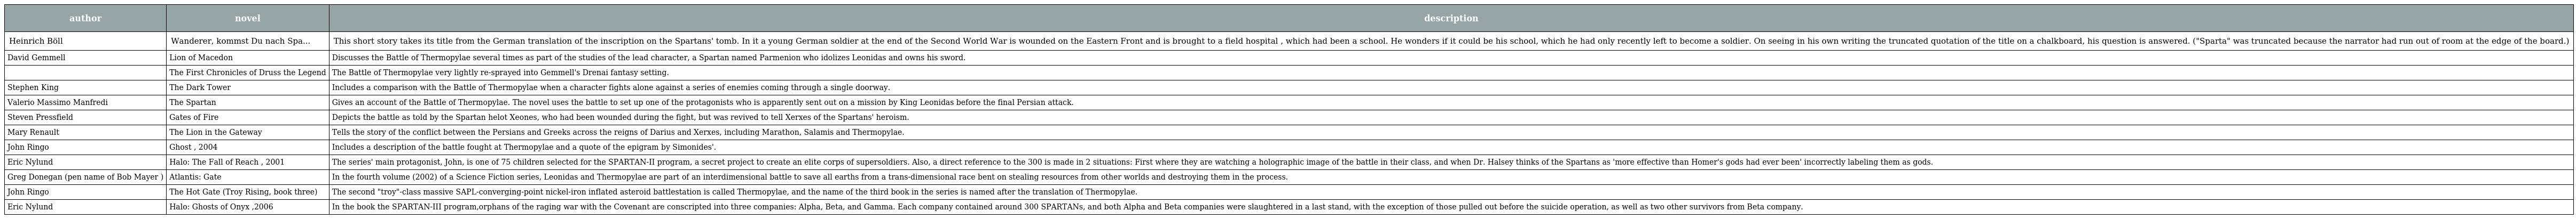
| author | novel | description |
 | --- | --- | --- |
 | Heinrich Böll | Wanderer, kommst Du nach Spa... | This short story takes its title from the German translation of the inscription on the Spartans' tomb. In it a young German soldier at the end of the Second World War is wounded on the Eastern Front and is brought to a field hospital , which had been a school. He wonders if it could be his school, which he had only recently left to become a soldier. On seeing in his own writing the truncated quotation of the title on a chalkboard, his question is answered. ("Sparta" was truncated because the narrator had run out of room at the edge of the board.) |
 | David Gemmell | Lion of Macedon | Discusses the Battle of Thermopylae several times as part of the studies of the lead character, a Spartan named Parmenion who idolizes Leonidas and owns his sword. |
 |  | The First Chronicles of Druss the Legend | The Battle of Thermopylae very lightly re-sprayed into Gemmell's Drenai fantasy setting. |
 | Stephen King | The Dark Tower | Includes a comparison with the Battle of Thermopylae when a character fights alone against a series of enemies coming through a single doorway. |
 | Valerio Massimo Manfredi | The Spartan | Gives an account of the Battle of Thermopylae. The novel uses the battle to set up one of the protagonists who is apparently sent out on a mission by King Leonidas before the final Persian attack. |
 | Steven Pressfield | Gates of Fire | Depicts the battle as told by the Spartan helot Xeones, who had been wounded during the fight, but was revived to tell Xerxes of the Spartans' heroism. |
 | Mary Renault | The Lion in the Gateway | Tells the story of the conflict between the Persians and Greeks across the reigns of Darius and Xerxes, including Marathon, Salamis and Thermopylae. |
 | John Ringo | Ghost , 2004 | Includes a description of the battle fought at Thermopylae and a quote of the epigram by Simonides'. |
 | Eric Nylund | Halo: The Fall of Reach , 2001 | The series' main protagonist, John, is one of 75 children selected for the SPARTAN-II program, a secret project to create an elite corps of supersoldiers. Also, a direct reference to the 300 is made in 2 situations: First where they are watching a holographic image of the battle in their class, and when Dr. Halsey thinks of the Spartans as 'more effective than Homer's gods had ever been' incorrectly labeling them as gods. |
 | Greg Donegan (pen name of Bob Mayer ) | Atlantis: Gate | In the fourth volume (2002) of a Science Fiction series, Leonidas and Thermopylae are part of an interdimensional battle to save all earths from a trans-dimensional race bent on stealing resources from other worlds and destroying them in the process. |
 | John Ringo | The Hot Gate (Troy Rising, book three) | The second "troy"-class massive SAPL-converging-point nickel-iron inflated asteroid battlestation is called Thermopylae, and the name of the third book in the series is named after the translation of Thermopylae. |
 | Eric Nylund | Halo: Ghosts of Onyx ,2006 | In the book the SPARTAN-III program,orphans of the raging war with the Covenant are conscripted into three companies: Alpha, Beta, and Gamma. Each company contained around 300 SPARTANs, and both Alpha and Beta companies were slaughtered in a last stand, with the exception of those pulled out before the suicide operation, as well as two other survivors from Beta company. |